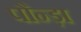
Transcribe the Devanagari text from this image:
पौन्ड़ा